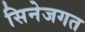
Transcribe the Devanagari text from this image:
सिनेजगत